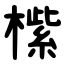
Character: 橴